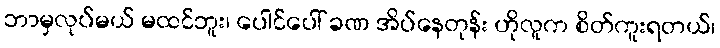
ဘာမှလုပ်မယ် မထင်ဘူး၊ ပေါင်ပေါ် ခဏ အိပ်နေတုန်း ဟိုလူက စိတ်ကူးရတယ်၊